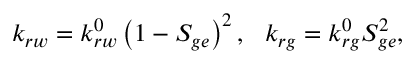
k _ { r w } = k _ { r w } ^ { 0 } \left( 1 - S _ { g e } \right) ^ { 2 } , \ \ k _ { r g } = k _ { r g } ^ { 0 } S _ { g e } ^ { 2 } ,